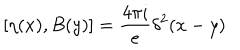
[ \eta ( x ) , B ( y ) ] = \frac { 4 \pi i } { e } \delta ^ { 2 } ( x - y )